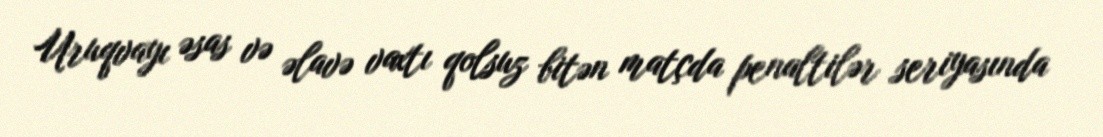
Uruqvayı əsas və əlavə vaxtı qolsuz bitən matçda penaltilər seriyasında